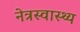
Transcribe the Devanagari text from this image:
नेत्रस्वास्थ्य